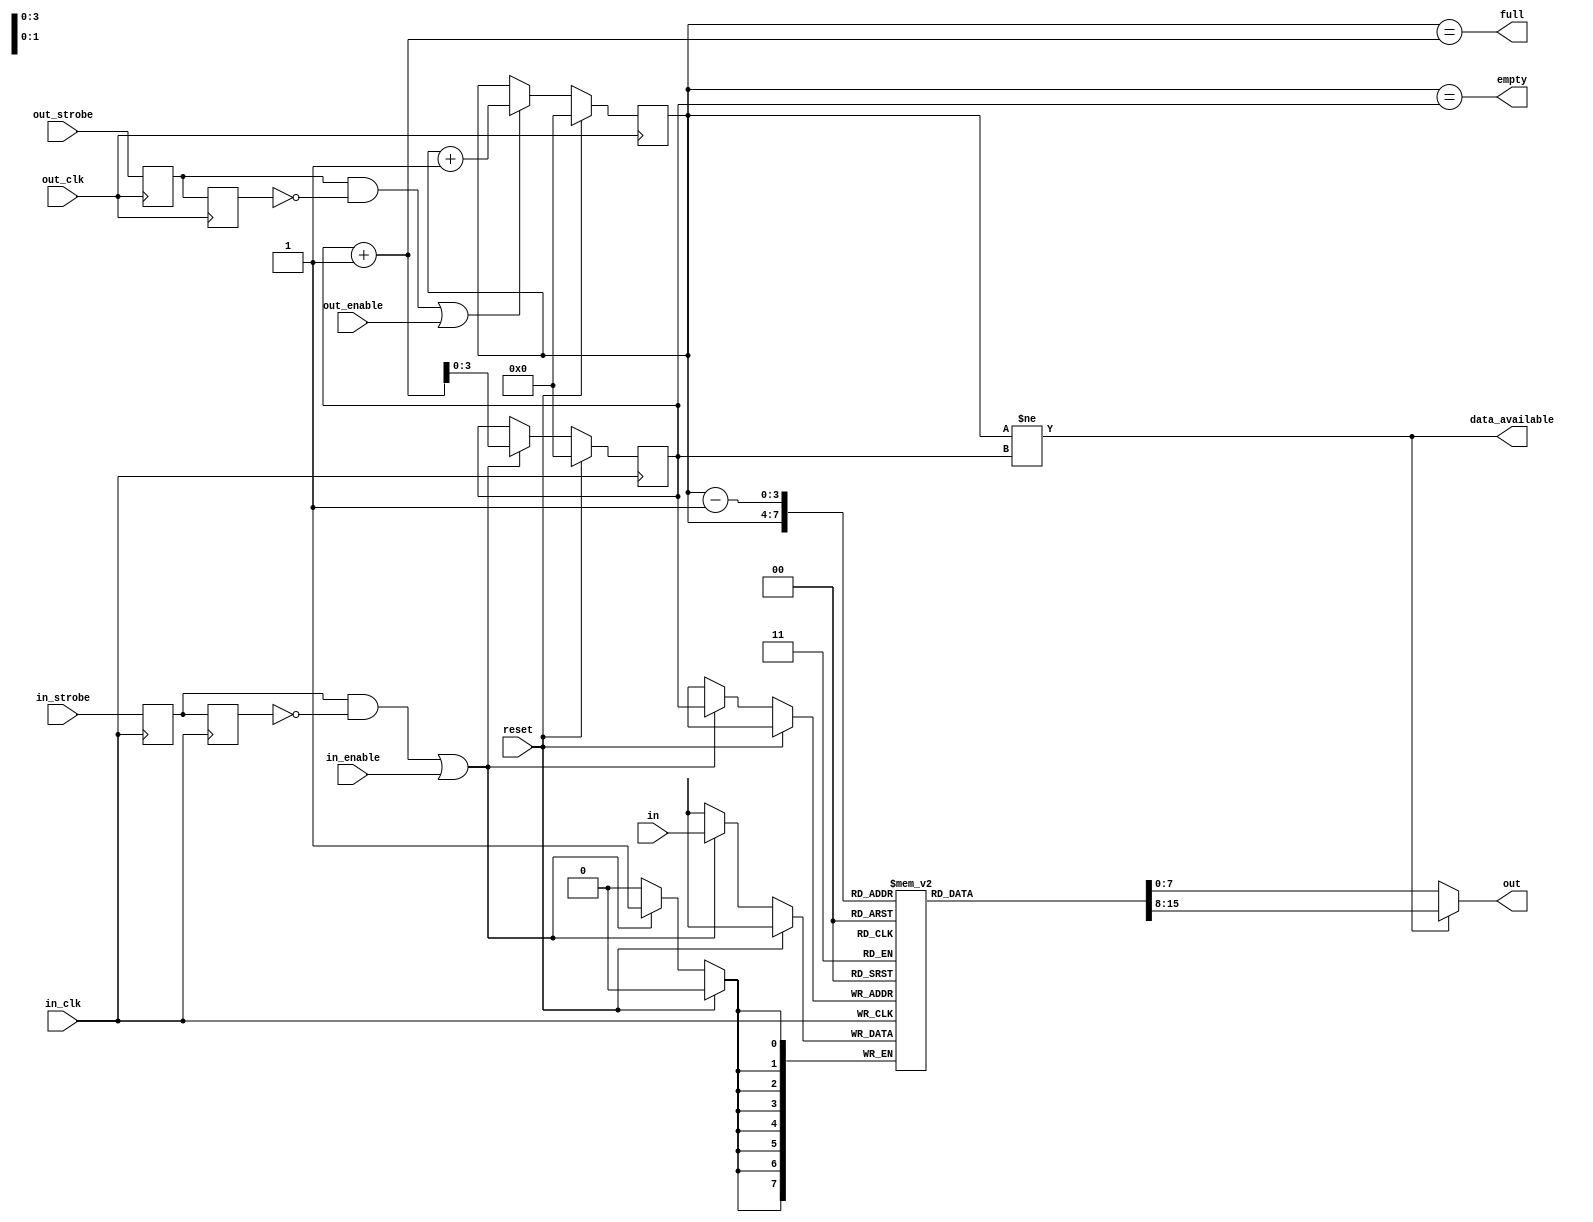
//
// io_fifo.v
// 
// Atari ST(E) io controller FIFO for the MiST board
// http://code.google.com/p/mist-board/
// 
// Copyright (c) 2013 Till Harbaum <till@harbaum.org> 
// 
// This source file is free software: you can redistribute it and/or modify 
// it under the terms of the GNU General Public License as published 
// by the Free Software Foundation, either version 3 of the License, or 
// (at your option) any later version. 
// 
// This source file is distributed in the hope that it will be useful,
// but WITHOUT ANY WARRANTY; without even the implied warranty of 
// MERCHANTABILITY or FITNESS FOR A PARTICULAR PURPOSE.  See the 
// GNU General Public License for more details.
// 
// You should have received a copy of the GNU General Public License 
// along with this program.  If not, see <http://www.gnu.org/licenses/>. 

// TODO: Make this truly async
// http://www.asic-world.com/examples/verilog/asyn_fifo.html

module io_fifo #(
 parameter DATA_WIDTH = 8,
 parameter DEPTH = 4
)(
	input reset,
	
	input [DATA_WIDTH-1:0] in,
	input in_clk,
	input in_strobe,
	input in_enable,
	
	input out_clk,
	output [DATA_WIDTH-1:0] out,
	input out_strobe,
	input out_enable,

	output empty,
	output data_available,
	output full
);

localparam FIFO_ADDR_BITS = DEPTH;
localparam FIFO_DEPTH = (1 << FIFO_ADDR_BITS);

reg [DATA_WIDTH-1:0] fifo [FIFO_DEPTH-1:0];
reg [FIFO_ADDR_BITS-1:0] writeP, readP;

assign full = (readP == (writeP + 1));
assign empty = (readP == writeP);
assign data_available = (readP != writeP);

// the strobes may not be in the right clock domain, so bring them into the 
// local clock domain
reg in_strobeD, in_strobeD2;
reg out_strobeD, out_strobeD2;

// present current value. If fifo is empty show last value
assign out = data_available?fifo[readP]:fifo[readP-1];

always @(posedge out_clk) begin
	// bring strobes in local clock domain
	out_strobeD <= out_strobe;
	out_strobeD2 <= out_strobeD;
	
	if(reset)
		readP <= 0;
	else begin
		// rising edge on fifo read strobe from io controller
		if((out_strobeD && !out_strobeD2) || out_enable)
			readP <= readP + 1;
	end
end

always @(posedge in_clk) begin
	// bring strobes in local clock domain
	in_strobeD <= in_strobe;
	in_strobeD2 <= in_strobeD;
	
	if(reset)
		writeP <= 0;
	else begin
		// rising edge on strobe signal causes write
		// or in_enable being true
		if((in_strobeD && !in_strobeD2) || in_enable) begin
			fifo[writeP] <= in;
			writeP <= writeP + 1;
		end
	end
end	

endmodule